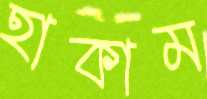
হাকাম